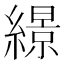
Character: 𦅡